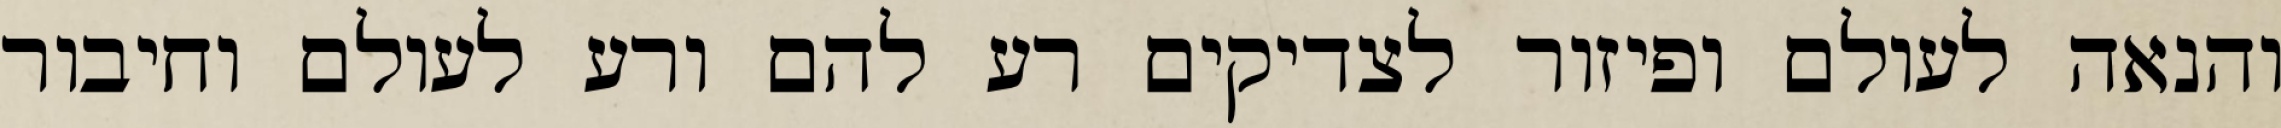
והנאה לעולם ופיזור לצדיקים רע להם ורע לעולם וחיבור